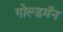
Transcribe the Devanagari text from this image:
गोल्डमॅन